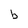
Character: b